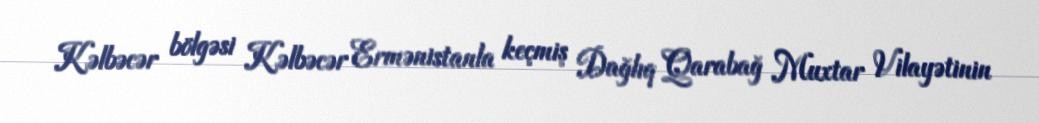
Kəlbəcər bölgəsi Kəlbəcər Ermənistanla keçmiş Dağlıq Qarabağ Muxtar Vilayətinin